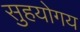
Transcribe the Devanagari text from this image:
सुहयोगय